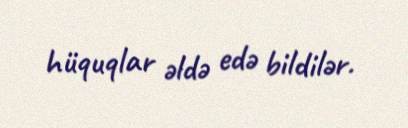
hüquqlar əldə edə bildilər.